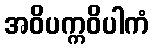
အဝိပက္ကဝိပါကံ